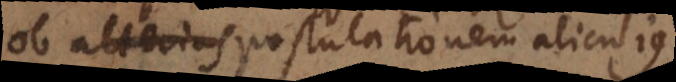
ob alterius postulationem alicujus